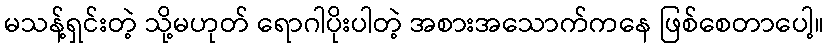
မသန့်ရှင်းတဲ့ သို့မဟုတ် ရောဂါပိုးပါတဲ့ အစားအသောက်ကနေ ဖြစ်စေတာပေါ့။